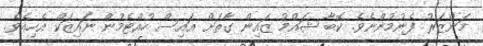
މަންޒަރު ފެނުމުންނެވެ. ކޮބާ ޝައްމު ޒައިން ގާތަށް އައިސް ހުއްޓެމުން ނައިޒަކް އެހިއެވެ.